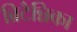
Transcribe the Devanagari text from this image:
ब्रिटैन्निका